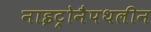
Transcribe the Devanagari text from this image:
नाइट्रोनैपथलीन